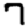
Digit: 7